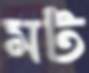
মট